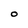
Character: O